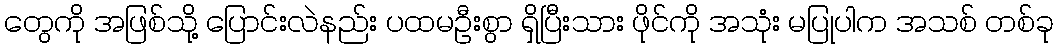
တွေကို အဖြစ်သို့ ပြောင်းလဲနည်း ပထမဦးစွာ ရှိပြီးသား ဖိုင်ကို အသုံး မပြုပါက အသစ် တစ်ခု